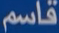
قاسم